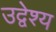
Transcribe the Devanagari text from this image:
उद्वेश्‍य